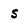
Character: s